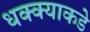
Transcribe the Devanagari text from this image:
धक्क्याकडे